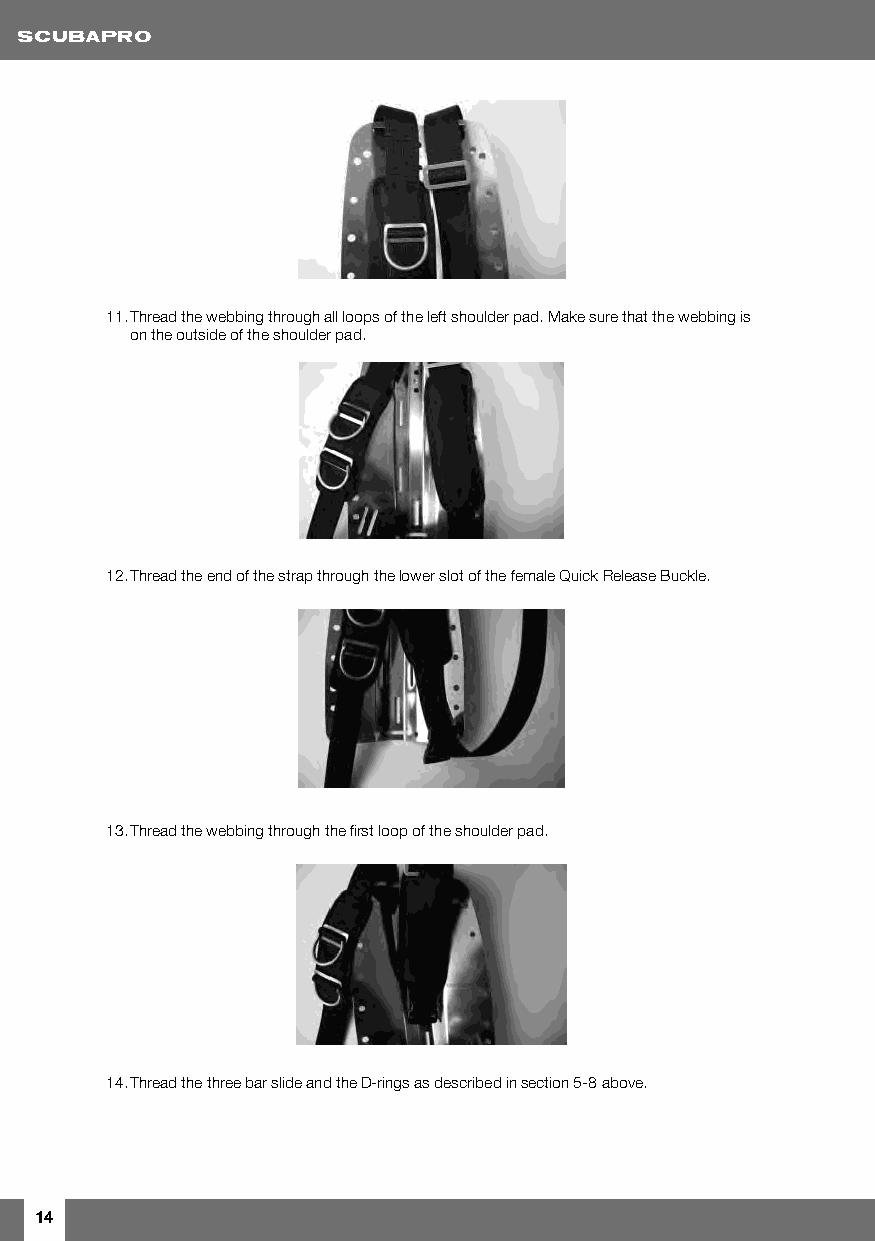
11. Thread the webbing through all loops of the left shoulder pad. Make sure that the webbing is
 on the outside of the shoulder pad.
 12. Thread the end of the strap through the lower slot of the female Quick Release Buckle.
 13. Thread the webbing through the first loop of the shoulder pad.
 14. Thread the three bar slide and the D-rings as described in section 5-8 above.
 14